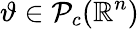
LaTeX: \vartheta\in\mathcal P_{c}(\mathbb{R}^{n})